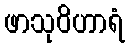
ဖာသုဝိဟာရံ